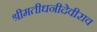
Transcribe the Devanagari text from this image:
श्रीमतीधनीदेवीराव